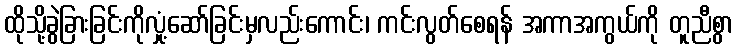
ထိုသို့ခွဲခြားခြင်းကိုလှုံ့ဆော်ခြင်းမှလည်းကောင်း၊ ကင်းလွတ်စေရန် အကာအကွယ်ကို တူညီစွာ